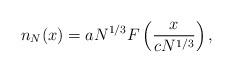
LaTeX: \begin{align*}n_N(x)=a N^{1/3}F\left(\frac{x}{cN^{1/3}}\right),\end{align*}